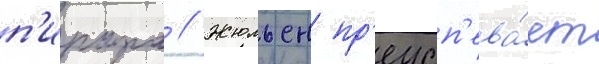
п'ирара // Жюльен пр'еусп'ева́ет